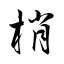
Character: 梢